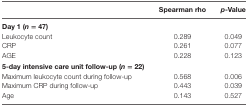
|  | Spearman rho | p-Value |
 | --- | --- | --- |
 | <COLSPAN=3> Day 1 (n = 47) |
 | Leukocyte count | 0.289 | 0.049 |
 | CRP | 0.261 | 0.077 |
 | AGE | 0.228 | 0.123 |
 | 5-day intensive care unit follow-up (n = 22) |  |  |
 | Maximum leukocyte count during follow-up | 0.568 | 0.006 |
 | Maximum CRP during follow-up | 0.443 | 0.039 |
 | Age | 0.143 | 0.527 |